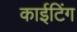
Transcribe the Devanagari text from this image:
काईटिंग